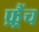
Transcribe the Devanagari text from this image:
फ़्रैंच